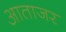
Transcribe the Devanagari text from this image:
आताजर